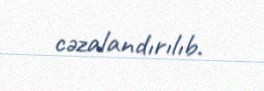
cəzalandırılıb.